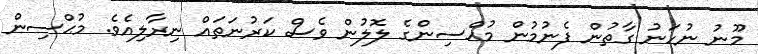
މޫނު ނުހަނު ގާތުން ފެނުމުން މުޙްސިންގެ ލޮލުން ވެސް ކަރުނަތައް ނިރާލިއެވެ. މުޙްސިން